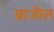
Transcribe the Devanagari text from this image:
ब्राजील